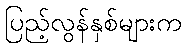
ပြည့်လွန်နှစ်များက